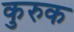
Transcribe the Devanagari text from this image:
कुरुक